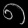
Digit: ၈